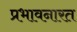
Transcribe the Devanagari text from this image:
प्रभावनारत